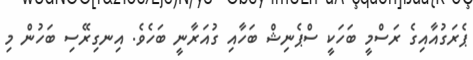
ޕެރަގުއާއިގެ ރަސްމީ ބަހަކީ ސްޕެނިޝް ބަހާއި ގުއަރާނީ ބަހެވެ. އިނގިރޭސި ބަހުން މި